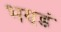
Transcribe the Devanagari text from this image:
भण्डं